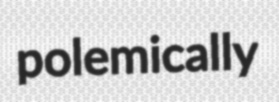
polemically